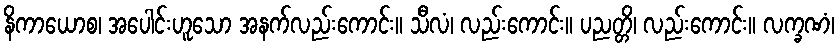
နိကာယောစ၊ အပေါင်းဟူသော အနက်လည်းကောင်း။ သီလံ၊ လည်းကောင်း။ ပညတ္တိ၊ လည်းကောင်း။ လက္ခဏံ၊